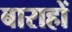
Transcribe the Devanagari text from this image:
बाराहों